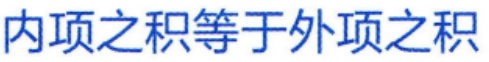
内项之积等于外项之积